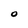
Character: 0